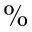
\%